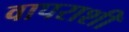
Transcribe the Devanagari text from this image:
वापराशी